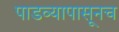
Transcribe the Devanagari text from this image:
पाडव्यापासूनच